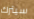
سيترك